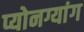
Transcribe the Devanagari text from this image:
प्योनग्यांग